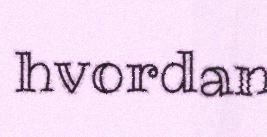
hvordan